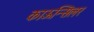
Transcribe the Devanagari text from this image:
काऊन्सिलर